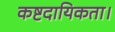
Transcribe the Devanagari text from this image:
कष्टदायिकता।